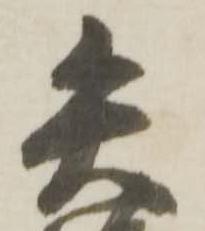
矢